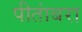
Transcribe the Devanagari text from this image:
पीतांबरा